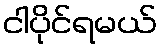
ငါပိုင်ရမယ်